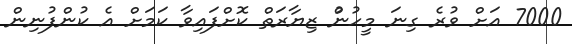
7000 އަށް ވުރެ ގިނަ މީހުނުް ޒިޔާރަތް ކޮށްފައިވާ ކަމަށް އެ ކުންފުނިން